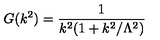
G ( k ^ { 2 } ) = \frac { 1 } { k ^ { 2 } ( 1 + k ^ { 2 } / \Lambda ^ { 2 } ) }